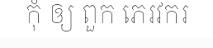
កុំ ឲ្យ ពួក ភេរវករ